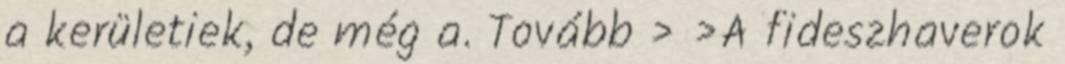
a kerületiek, de még a. Tovább › ›A fideszhaverok